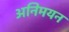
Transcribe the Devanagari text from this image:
अनिमयन